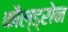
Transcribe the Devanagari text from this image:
कौल्ड्रोन